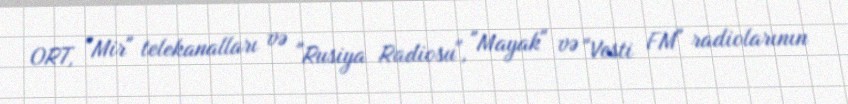
ORT, "Mir" telekanalları və "Rusiya Radiosu", "Mayak" və "Vesti FM" radiolarının